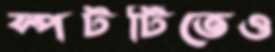
স্পটটিতেও